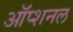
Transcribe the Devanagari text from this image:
ऑप्शनल